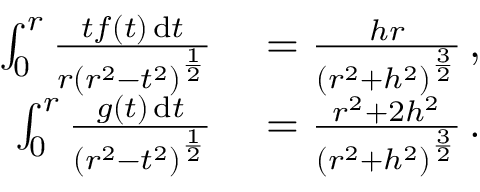
\begin{array} { r l } { \int _ { 0 } ^ { r } \frac { t f ( t ) \, \mathrm { d } t } { r \left( r ^ { 2 } - t ^ { 2 } \right) ^ { \frac { 1 } { 2 } } } } & { { } = \frac { h r } { \left( r ^ { 2 } + h ^ { 2 } \right) ^ { \frac { 3 } { 2 } } } \, , } \\ { \int _ { 0 } ^ { r } \frac { g ( t ) \, \mathrm { d } t } { \left( r ^ { 2 } - t ^ { 2 } \right) ^ { \frac { 1 } { 2 } } } } & { { } = \frac { r ^ { 2 } + 2 h ^ { 2 } } { \left( r ^ { 2 } + h ^ { 2 } \right) ^ { \frac { 3 } { 2 } } } \, . } \end{array}